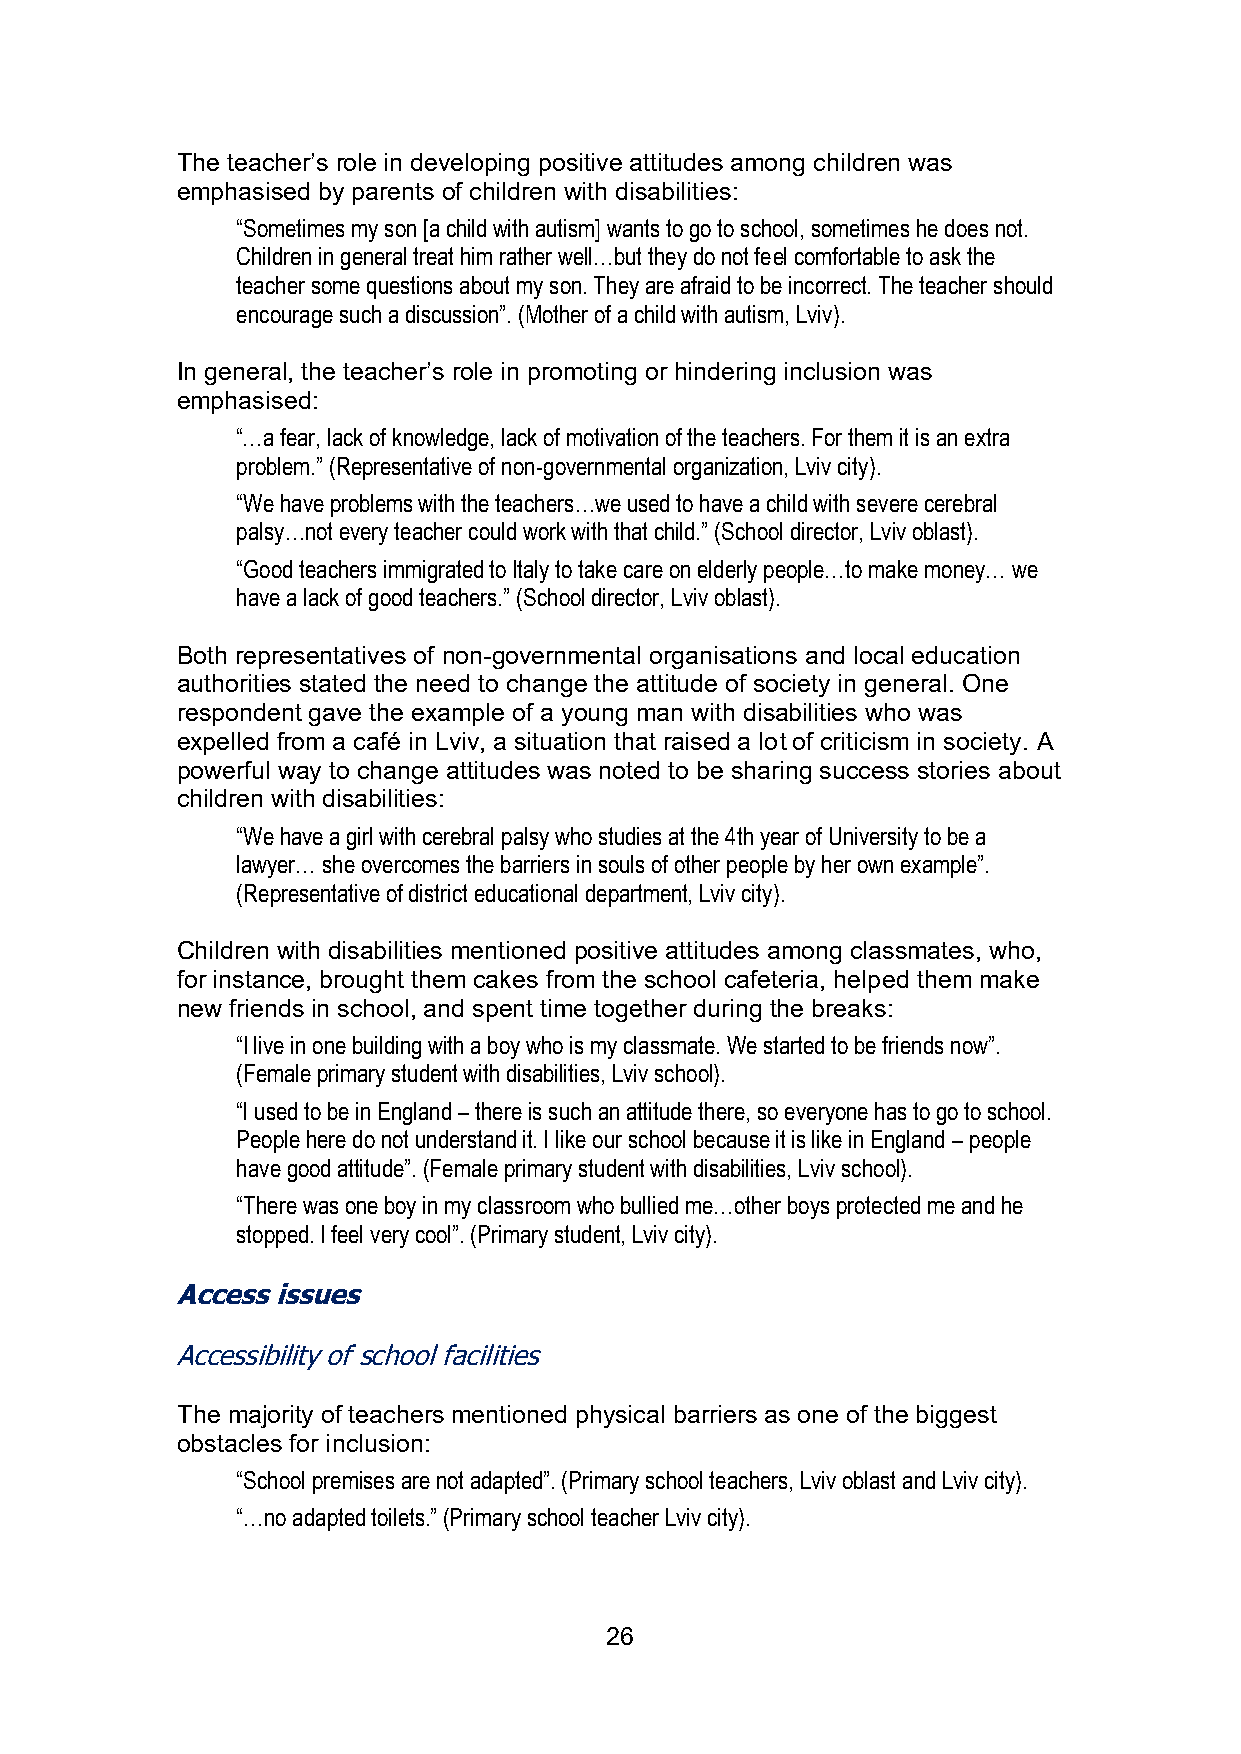
The teacher’s role in developing positive attitudes among children was
 emphasised by parents of children with disabilities:
 “Sometimes my son [a child with autism] wants to go to school, sometimes he does not.
 Children in general treat him rather well…but they do not feel comfortable to ask the
 teacher some questions about my son. They are afraid to be incorrect. The teacher should
 encourage such a discussion”. (Mother of a child with autism, Lviv).
 In general, the teacher’s role in promoting or hindering inclusion was
 emphasised:
 “…a fear, lack of knowledge, lack of motivation of the teachers. For them it is an extra
 problem.” (Representative of non-governmental organization, Lviv city).
 “We have problems with the teachers…we used to have a child with severe cerebral
 palsy…not every teacher could work with that child.” (School director, Lviv oblast).
 “Good teachers immigrated to Italy to take care on elderly people…to make money… we
 have a lack of good teachers.” (School director, Lviv oblast).
 Both representatives of non-governmental organisations and local education
 authorities stated the need to change the attitude of society in general. One
 respondent gave the example of a young man with disabilities who was
 expelled from a café in Lviv, a situation that raised a lot of criticism in society. A
 powerful way to change attitudes was noted to be sharing success stories about
 children with disabilities:
 “We have a girl with cerebral palsy who studies at the 4th year of University to be a
 lawyer… she overcomes the barriers in souls of other people by her own example”.
 (Representative of district educational department, Lviv city).
 Children with disabilities mentioned positive attitudes among classmates, who,
 for instance, brought them cakes from the school cafeteria, helped them make
 new friends in school, and spent time together during the breaks:
 “I live in one building with a boy who is my classmate. We started to be friends now”.
 (Female primary student with disabilities, Lviv school).
 “I used to be in England – there is such an attitude there, so everyone has to go to school.
 People here do not understand it. I like our school because it is like in England – people
 have good attitude”. (Female primary student with disabilities, Lviv school).
 “There was one boy in my classroom who bullied me…other boys protected me and he
 stopped. I feel very cool”. (Primary student, Lviv city).
 Access issues
 Accessibility of school facilities
 The majority of teachers mentioned physical barriers as one of the biggest
 obstacles for inclusion:
 “School premises are not adapted”. (Primary school teachers, Lviv oblast and Lviv city).
 “…no adapted toilets.” (Primary school teacher Lviv city).
 26